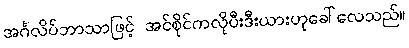
အင်္ဂလိပ်ဘာသာဖြင့် အင်စိုင်ကလိုပီးဒီးယားဟုခေါ်လေသည်။